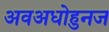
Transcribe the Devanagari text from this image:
अवअधोहुनज